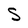
Character: S